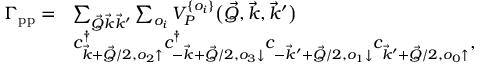
\begin{array} { r l } { \Gamma _ { \mathrm { p p } } = } & { \sum _ { \vec { Q } \vec { k } \vec { k } ^ { \prime } } \sum _ { o _ { i } } V _ { P } ^ { \{ o _ { i } \} } \big ( \vec { Q } , \vec { k } , \vec { k } ^ { \prime } \big ) } \\ & { c _ { \vec { k } + \vec { Q } / 2 , o _ { 2 } \uparrow } ^ { \dag } c _ { - \vec { k } + \vec { Q } / 2 , o _ { 3 } \downarrow } ^ { \dag } c _ { - \vec { k } ^ { \prime } + \vec { Q } / 2 , o _ { 1 } \downarrow } ^ { \vphantom { \dag } } c _ { \vec { k } ^ { \prime } + \vec { Q } / 2 , o _ { 0 } \uparrow } ^ { \vphantom { \dag } } , } \end{array}